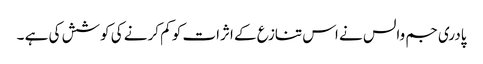
پادری جم والس نے اس تنازع کے اثرات کو کم کرنے کی کوشش کی ہے ۔